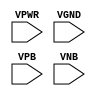
module sky130_fd_sc_hd__tapvgnd2 (
    VPWR,
    VGND,
    VPB ,
    VNB
);

    input VPWR;
    input VGND;
    input VPB ;
    input VNB ;
endmodule